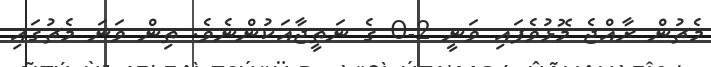
މެޗުން ރާއްޖެ މޮޅުވެފައި ވަނީ 2-0 ގެ ނަތީޖާއަކުންނެވެ. ތިން ވަނަ މެޗުގައި